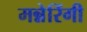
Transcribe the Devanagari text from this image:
मन्नेरिंगी